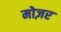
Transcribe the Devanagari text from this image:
मोज़र